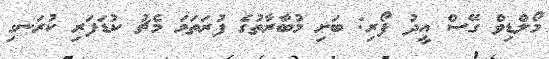
މޯލްޑިވް ގޭސް އީދު ފޯރި: ބަށި މުބާރާތުގެ ފުރަތަމަ މެޗު ކުޑަފަރި ކުރަނގި